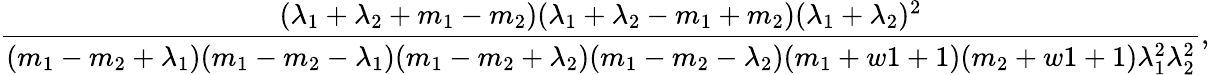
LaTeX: \frac{(\lambda_{1}+\lambda_{2}+m_{1}-m_{2})(\lambda_{1}+\lambda_{2}-m_{1}+m_{2})(\lambda_{1}+\lambda_{2})^{2}}{(m_{1}-m_{2}+\lambda_{1})(m_{1}-m_{2}-\lambda_{1})(m_{1}-m_{2}+\lambda_{2})(m_{1}-m_{2}-\lambda_{2})(m_{1}+w1+1)(m_{2}+w1+1)\lambda_{1}^{2}\lambda_{2}^{2}},